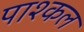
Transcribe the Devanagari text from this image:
पाश्कल